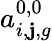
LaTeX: a_{i,\mathbf{j},g}^{0,0}